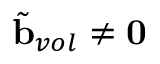
\tilde { \mathbf { b } } _ { v o l } \neq \mathbf { 0 }